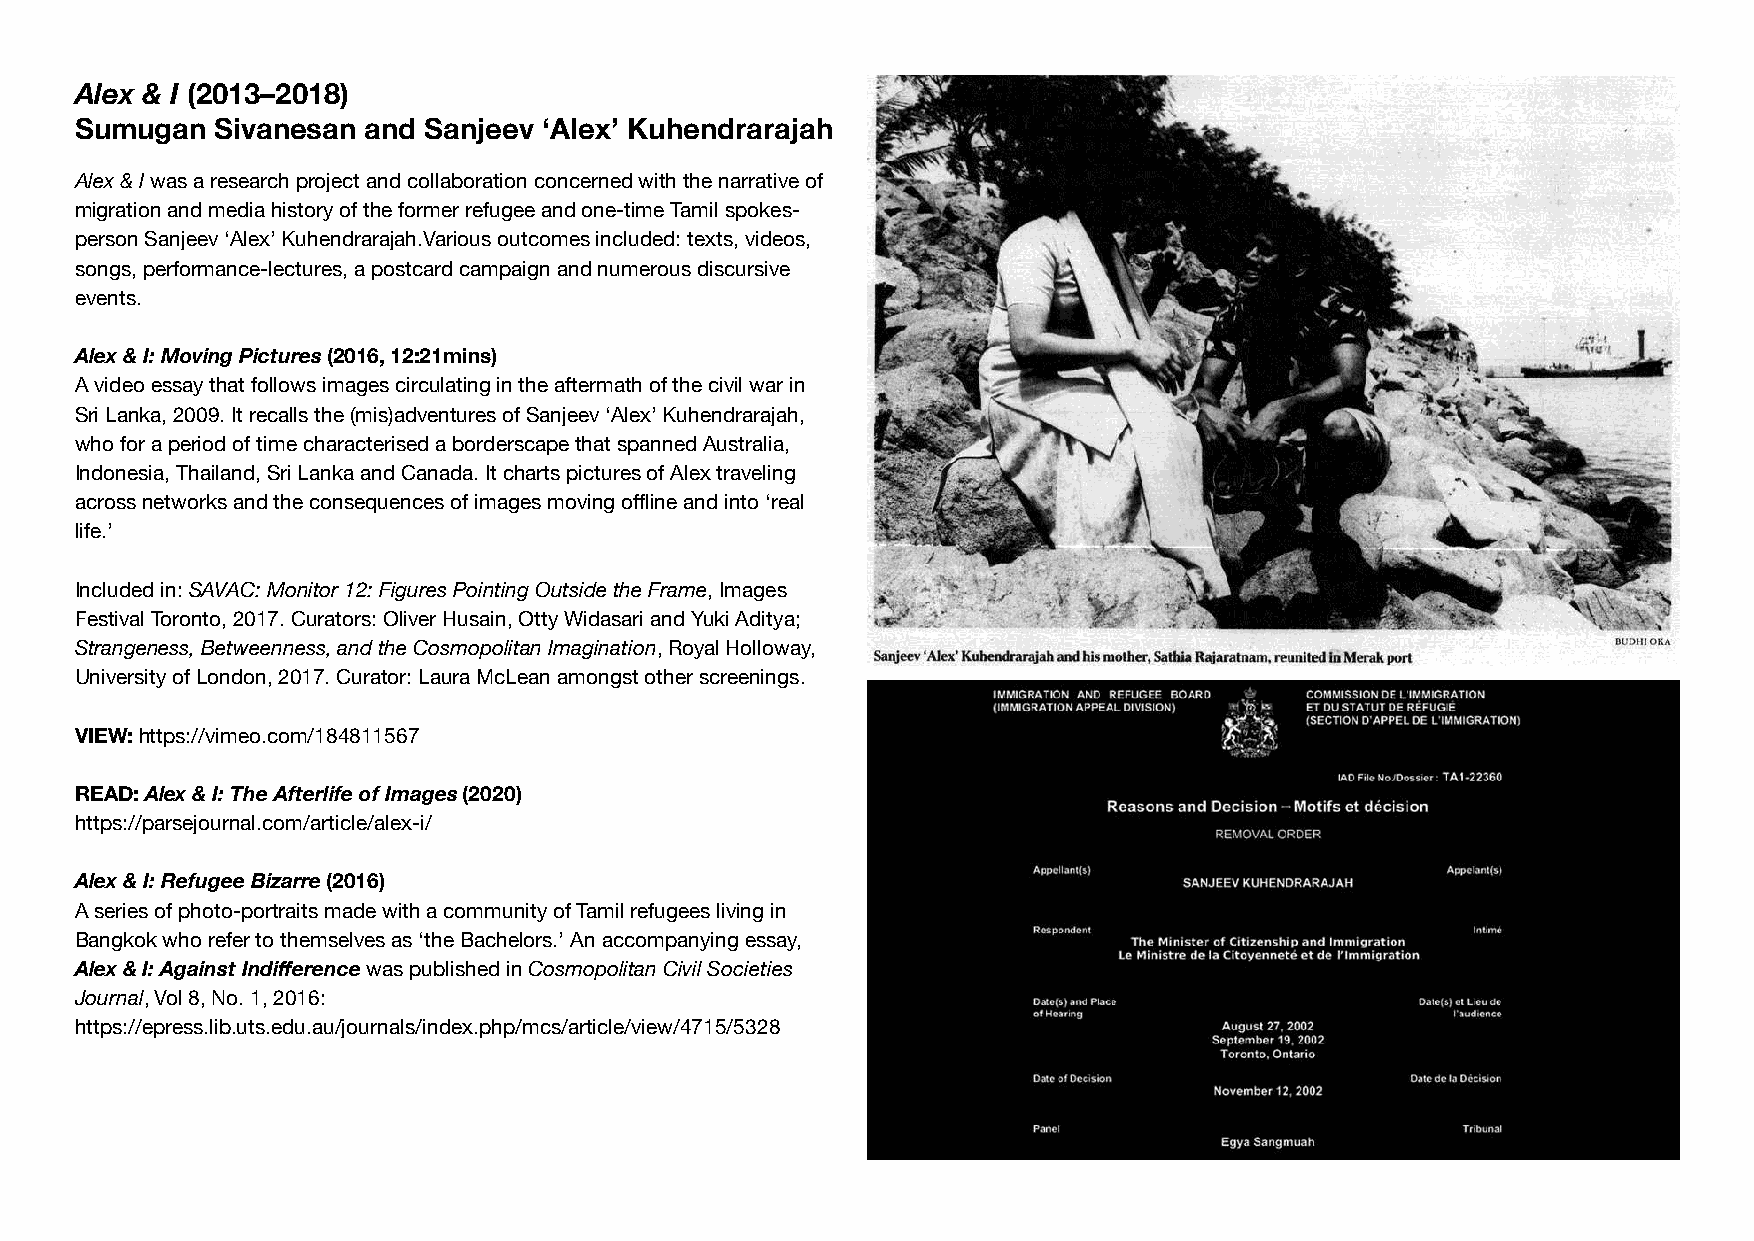
Alex & I (2013–2018)
 Sumugan  Sivanesan and Sanjeev ‘Alex’ Kuhendrarajah
 Alex & I was a research project and collaboration concerned with the narrative of
 migration and media history of the former refugee and one-time Tamil spokes-
 person Sanjeev ‘Alex’ Kuhendrarajah.Various outcomes included: texts, videos,
 songs, performance-lectures, a postcard campaign and numerous discursive
 events.
 Alex & I: Moving Pictures (2016, 12:21mins)
 A video essay that follows images circulating in the aftermath of the civil war in
 Sri Lanka, 2009. It recalls the (mis)adventures of Sanjeev ‘Alex’ Kuhendrarajah,
 who for a period of time characterised a borderscape that spanned Australia,
 Indonesia, Thailand, Sri Lanka and Canada. It charts pictures of Alex traveling
 across networks and the consequences of images moving offl ine and into ‘real
 life.’
 Included in: SAVAC: Monitor 12: Figures Pointing Outside the Frame, Images
 Festival Toronto, 2017. Curators: Oliver Husain, Otty Widasari and Yuki Aditya;
 Strangeness, Betweenness, and the Cosmopolitan Imagination, Royal Holloway,
 University of London, 2017. Curator: Laura McLean amongst other screenings.
 VIEW: https://vimeo.com/184811567
 READ: Alex & I: The Afterlife of Images (2020)
 https://parsejournal.com/article/alex-i/
 Alex & I: Refugee Bizarre (2016)
 A series of photo-portraits made with a community of Tamil refugees living in
 Bangkok who refer to themselves as ‘the Bachelors.’ An accompanying essay,
 Alex & I: Against Indiff erence was published in Cosmopolitan Civil Societies
 Journal, Vol 8, No. 1, 2016:
 https://epress.lib.uts.edu.au/journals/index.php/mcs/article/view/4715/5328